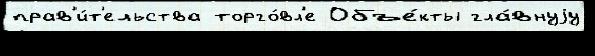
прав'и́т'ельства торго́вл'е Объе́кты гла́внуjу